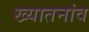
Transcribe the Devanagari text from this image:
ख्यातनांव